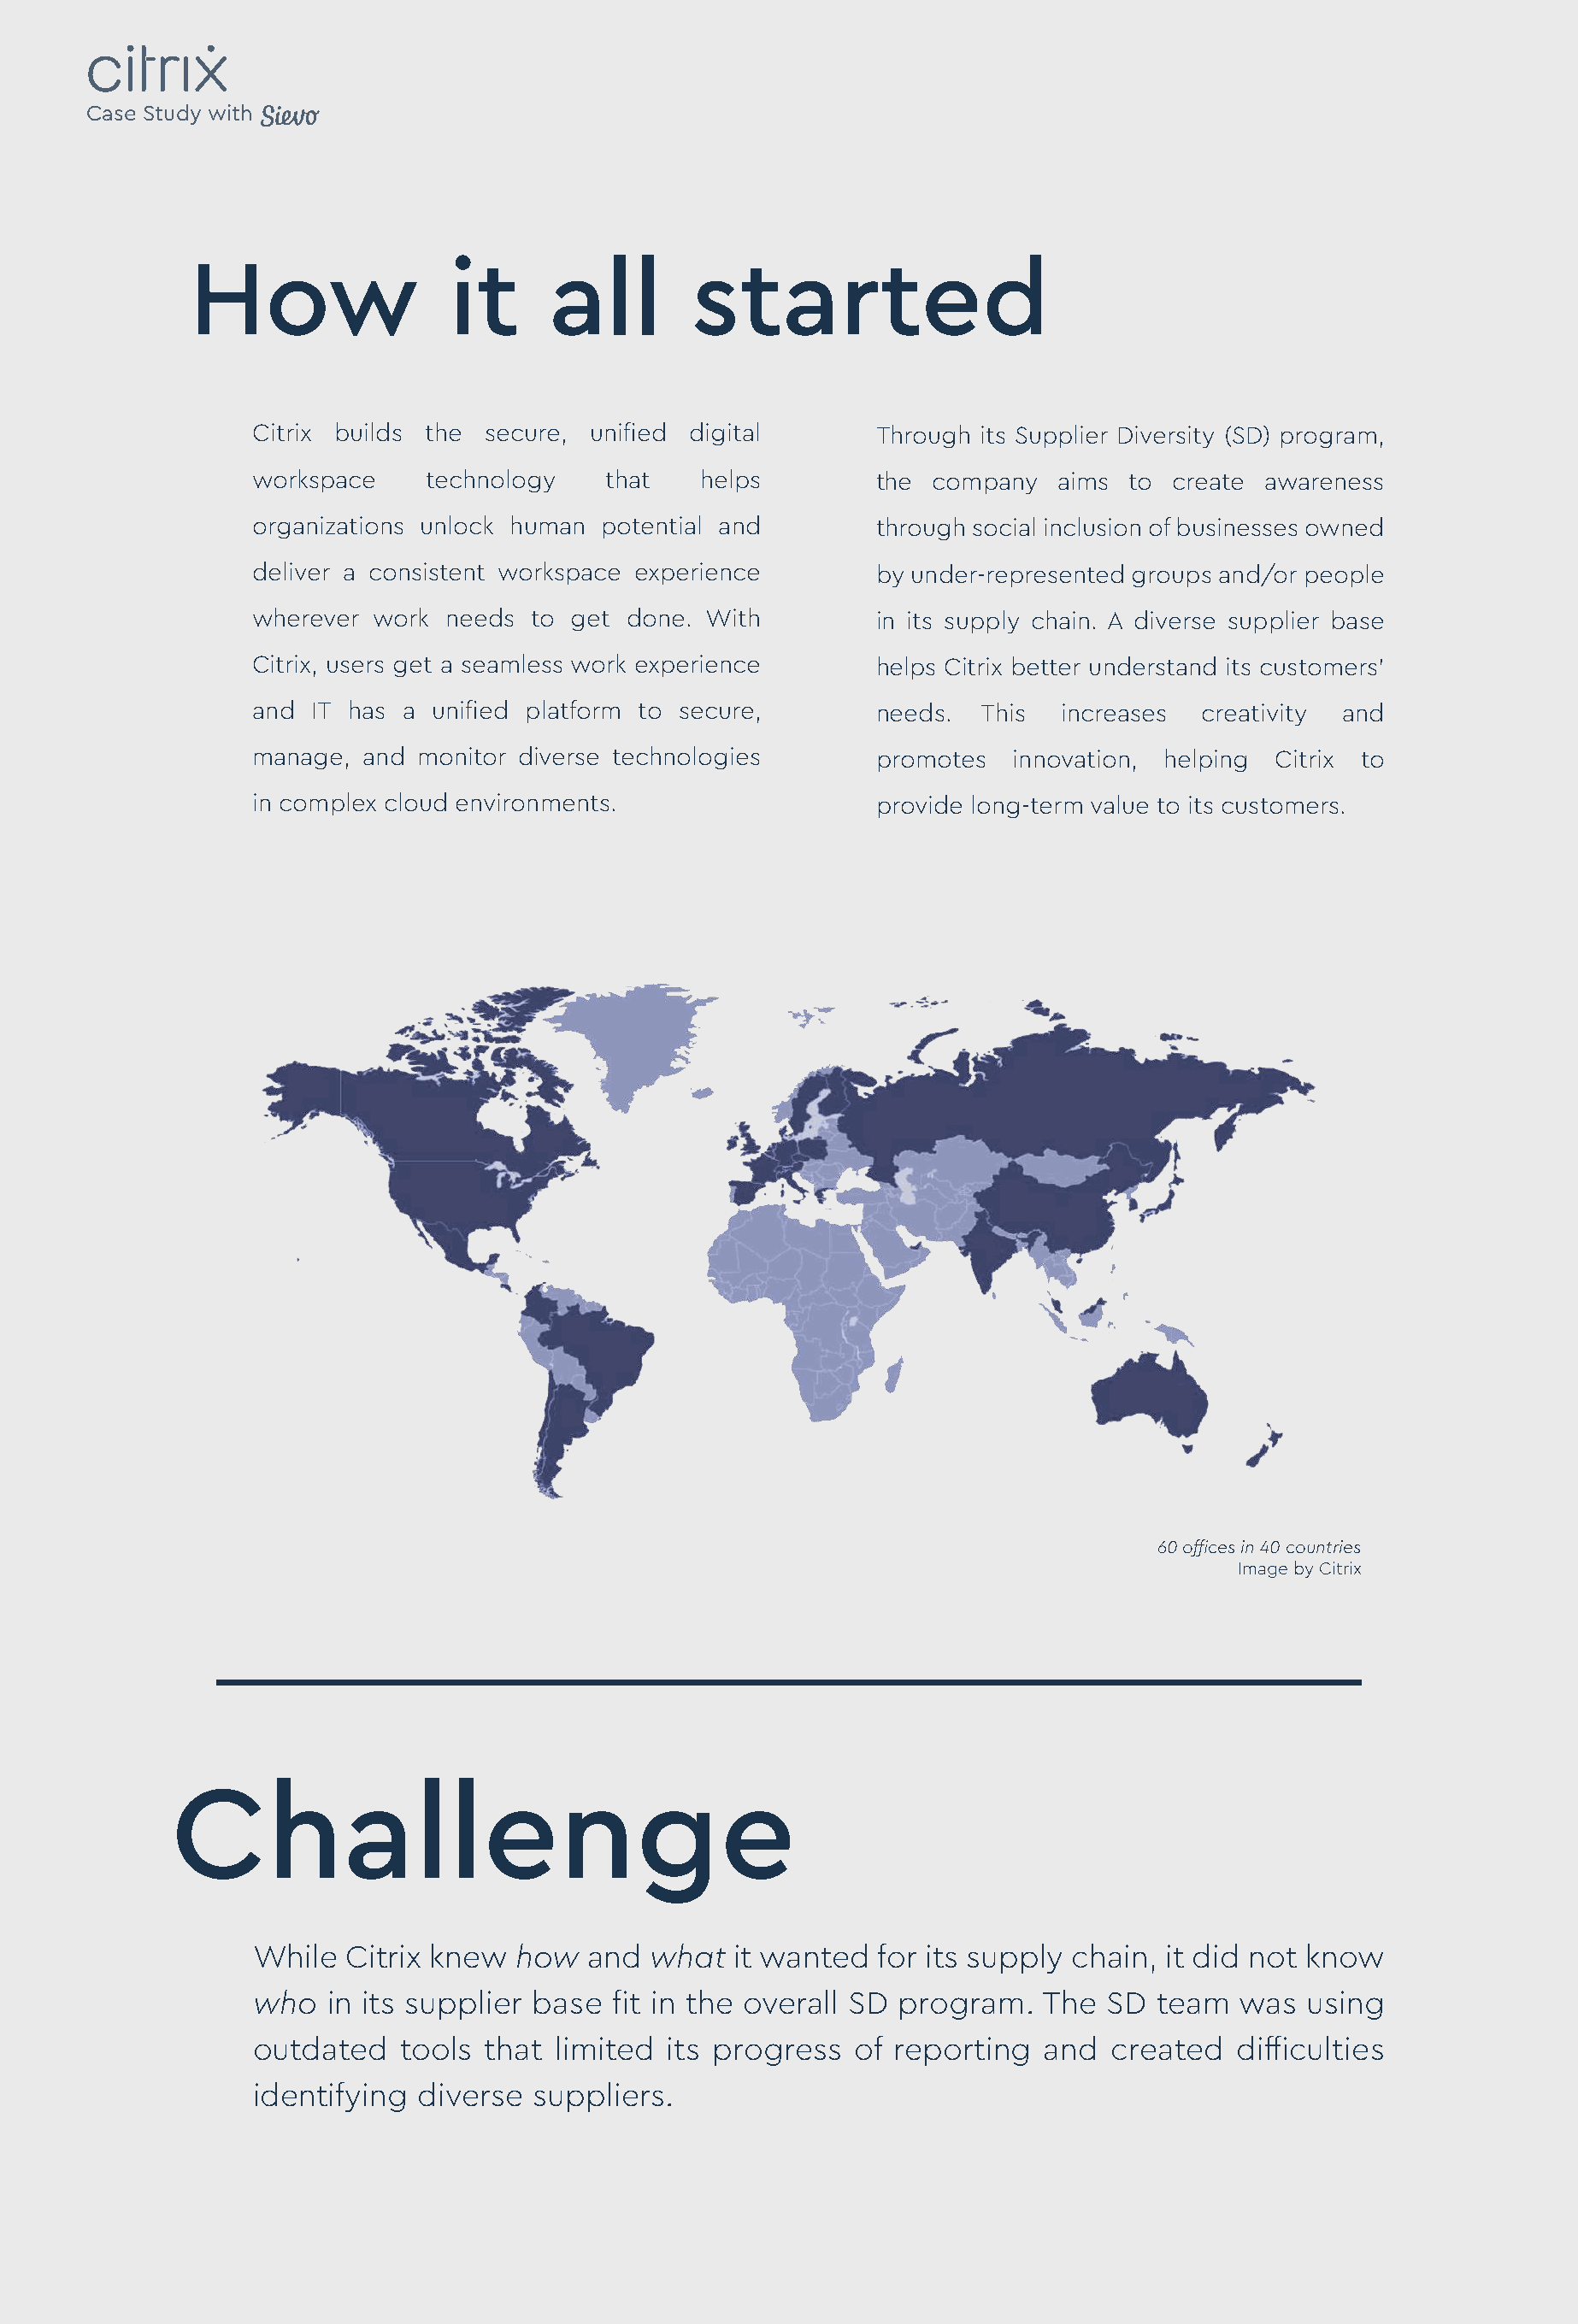
Case Study with
 How                 it      all        started
 Citrix builds the secure, unified digital       Through its Supplier Diversity (SD) program,
 workspace    technology    that   helps         the company   aims to  create awareness
 organizations unlock human potential and        through social inclusion of businesses owned
 deliver a consistent workspace experience       by under-represented groups and/or people
 wherever work  needs to get  done. With         in its supply chain. A diverse supplier base
 Citrix, users get a seamless work experience    helps Citrix better understand its customers’
 and IT has a unified platform to secure,        needs.  This  increases  creativity and
 manage, and monitor diverse technologies        promotes  innovation, helping  Citrix to
 in complex cloud environments.                  provide long-term value to its customers.
 60 offices in 40 countries
 Image by Citrix
 Challenge
 While  Citrix knew  how  and  what   it wanted  for its supply chain, it did not know
 who  in its supplier base  fit in the overall SD  program.   The  SD  team  was  using
 outdated   tools  that limited  its progress  of reporting   and  created   difficulties
 identifying diverse  suppliers.